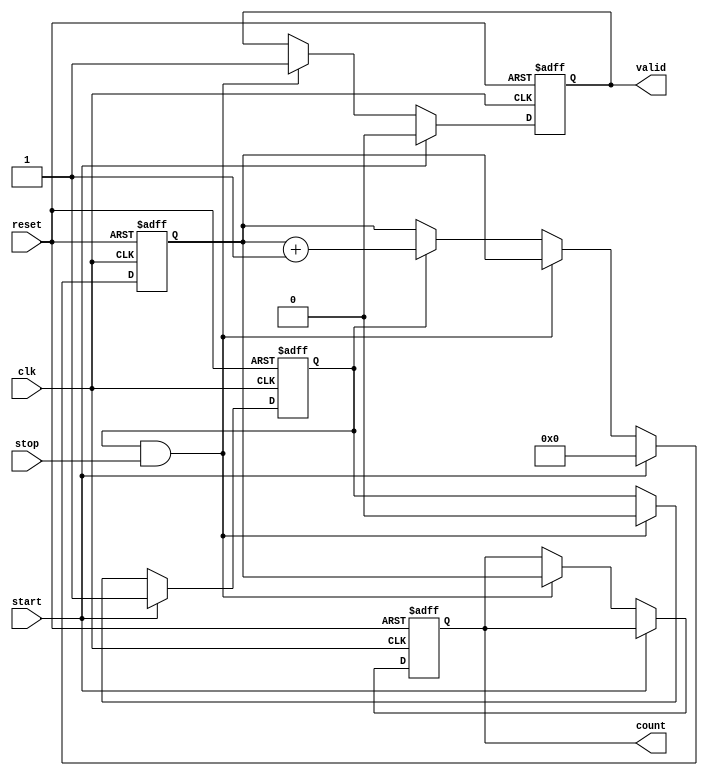
module TDC (
    input wire clk,          // Clock signal
    input wire reset,        // Reset signal
    input wire start,        // START signal
    input wire stop,         // STOP signal
    output reg [15:0] count, // Output count value
    output reg valid         // Valid signal to indicate when the count is ready
);

    // Parameters
    parameter DELAY_LINE_LENGTH = 16; // Number of delay elements
    reg [DELAY_LINE_LENGTH-1:0] delay_line; // Delay line
    reg [15:0] counter; // Counter for clock cycles
    reg counting; // Flag to indicate if counting is active

    // Generate delay line (simple example using shift register)
    always @(posedge clk or posedge reset) begin
        if (reset) begin
            delay_line <= 0;
        end else begin
            delay_line <= {delay_line[DELAY_LINE_LENGTH-2:0], 1'b0}; // Shift and introduce delay
        end
    end

    // Counting mechanism
    always @(posedge clk or posedge reset) begin
        if (reset) begin
            counter <= 0;
            counting <= 0;
            count <= 0;
            valid <= 0;
        end else begin
            if (start) begin
                counting <= 1; // Start counting on START signal
                counter <= 0; // Reset counter
                valid <= 0; // Clear valid flag
            end else if (counting && stop) begin
                counting <= 0; // Stop counting on STOP signal
                count <= counter; // Capture the count value
                valid <= 1; // Set valid flag
            end else if (counting) begin
                counter <= counter + 1; // Increment counter while counting
            end
        end
    end

endmodule